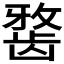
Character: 𪚐